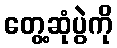
တွေ့ဆုံပွဲကို